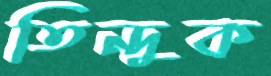
তিন্দুক